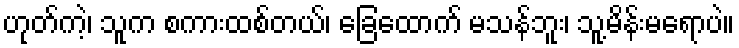
ဟုတ်ကဲ့၊ သူက စကားထစ်တယ်၊ ခြေထောက် မသန်ဘူး၊ သူ့မိန်းမရောပဲ။